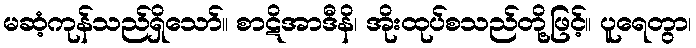
မဆံ့ကုန်သည်ရှိသော်။ စာဋိအာဒီနိ၊ အိုးထုပ်စသည်တို့ဖြင့်။ ပူရေတွာ၊